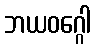
ဘယဝဂ္ဂေါ